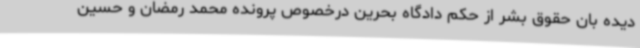
دیده بان حقوق بشر از حکم دادگاه بحرین درخصوص پرونده محمد رمضان و حسین